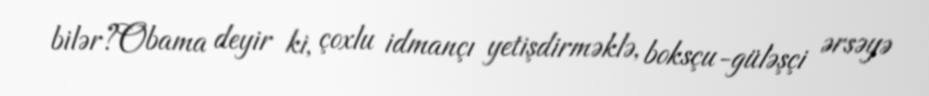
bilər?Obama deyir ki, çoxlu idmançı yetişdirməklə, boksçu-güləşçi ərsəyə